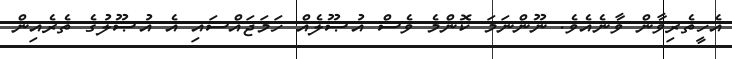
އެހީތެރިވާން ވާނެއެވެ. ނޫންނަމަ ކޮންމެ ވެސް އުޞޫލެއް ހަމަޖައްސައި އެ އުޞޫލުގެ ތެރެއިން